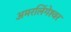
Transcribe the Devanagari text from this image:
अमरलिंगेश्‍वर